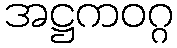
အဋ္ဌကဝဂ္ဂ